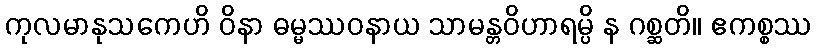
ကုလမာနုသကေဟိ ဝိနာ ဓမ္မဿဝနာယ သာမန္တဝိဟာရမ္ပိ န ဂစ္ဆတိ။ ဧကစ္စဿ